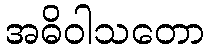
အဓိဝါသတော